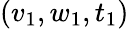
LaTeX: (v_{1},w_{1},t_{1})